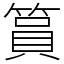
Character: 篔